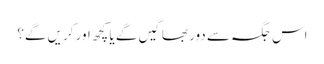
اس جگہ سے دور بھاگیں گے یا کچھ اور کریں گے؟